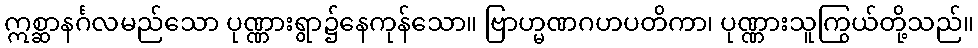
ဣစ္ဆာနင်္ဂလမည်သော ပုဏ္ဏားရွာ၌နေကုန်သော။ ဗြာဟ္မဏဂဟပတိကာ၊ ပုဏ္ဏားသူကြွယ်တို့သည်။